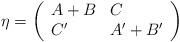
LaTeX: \begin{align*}\eta = \left( \begin{array}{ll} A+B & C \\ C' & A'+B' \end{array} \right)\end{align*}